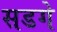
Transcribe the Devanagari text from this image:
सडगे